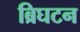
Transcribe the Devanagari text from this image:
ब्रिघटन